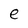
Character: e